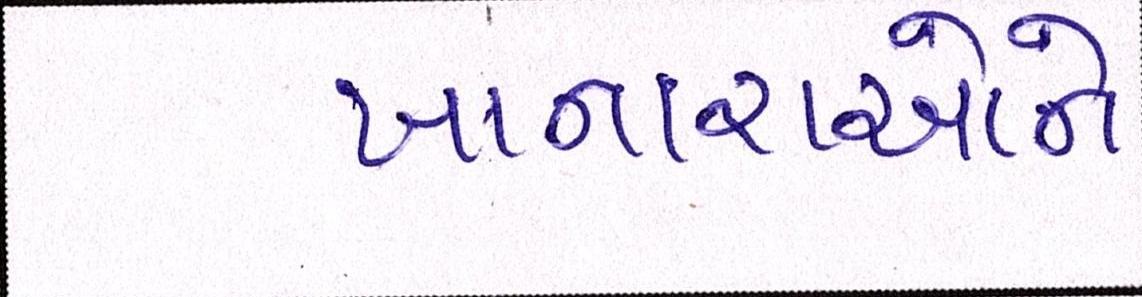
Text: ખાનારાઓને